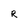
Character: R